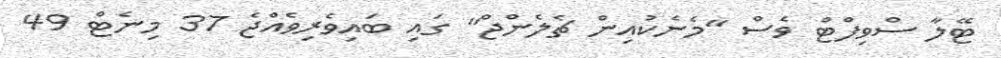
ޓޭލާ ސްވިފްޓް ވެސް "މެނެކުއިން ޗެލެންޖް" ގައި ބައިވެރިވެއްޖެ 37 މިނެޓް 49